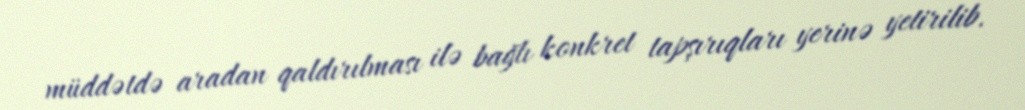
müddətdə aradan qaldırılması ilə bağlı konkret tapşırıqları yerinə yetirilib.